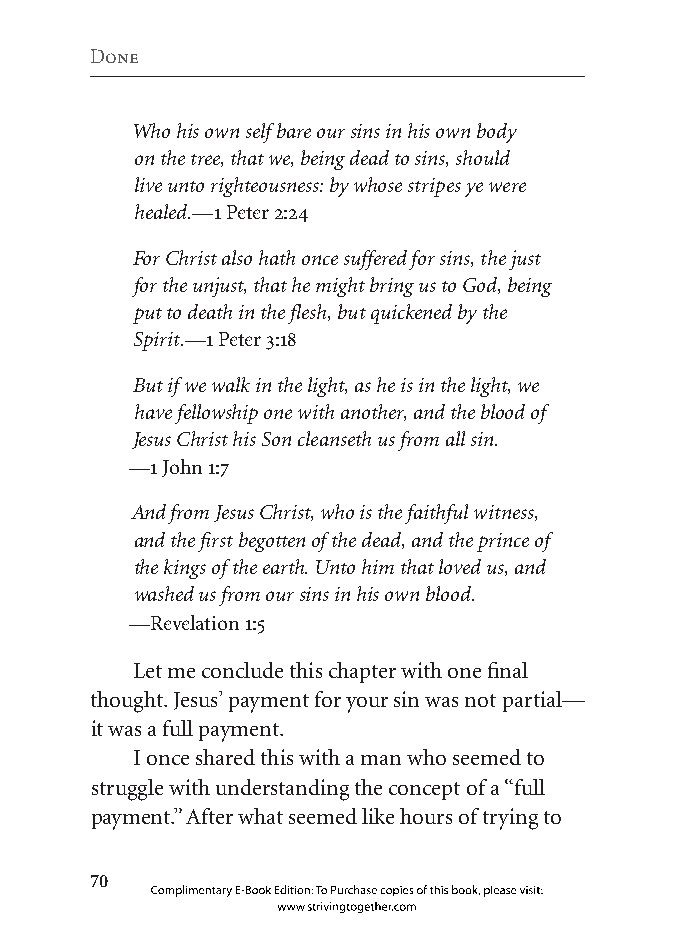
Done
 Who his own self bare our sins in his own body
 on the tree, that we, being dead to sins, should
 live unto righteousness: by whose stripes ye were
 healed.—1 Peter 2:24
 For Christ also hath once suffered for sins, the just
 for the unjust, that he might bring us to God, being
 put to death in the flesh, but quickened by the
 Spirit.—1 Peter 3:18
 But if we walk in the light, as he is in the light, we
 have fellowship one with another, and the blood of
 Jesus Christ his Son cleanseth us from all sin.
 —1 John 1:7
 And from Jesus Christ, who is the faithful witness,
 and the first begotten of the dead, and the prince of
 the kings of the earth. Unto him that loved us, and
 washed us from our sins in his own blood.
 —Revelation 1:5
 Let me conclude this chapter with one final
 thought. Jesus’ payment for your sin was not partial—
 it was a full payment.
 I once shared this with a man who seemed to
 struggle with understanding the concept of a “full
 payment.” After what seemed like hours of trying to
 0
 Complimentary E-Book Edition: To Purchase copies of this book, please visit:
 www.strivingtogether.com